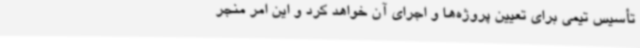
تأسیس تیمی برای تعیین پروژه‌ها و اجرای آن خواهد کرد و این امر منجر